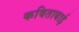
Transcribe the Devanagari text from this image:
कविताबाई